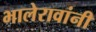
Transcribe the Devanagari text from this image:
भालेरावांनी